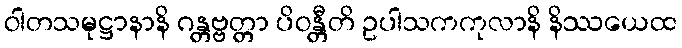
ဝါတသမုဋ္ဌာနာနိ ဂန္တဗ္ဗတ္တာ ပိဝန္တီတိ ဥပါသကကုလာနိ နိဿယေထ